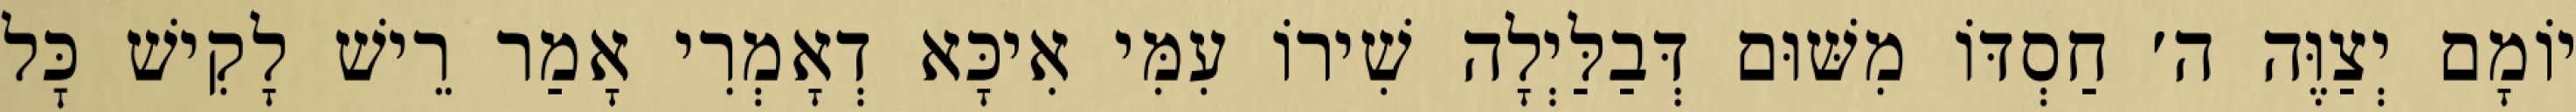
יוֹמָם יְצַוֶּה ה׳ חַסְדּוֹ מִשּׁוּם דְּבַלַּיְלָה שִׁירוֹ עִמִּי אִיכָּא דְאָמְרִי אָמַר רֵישׁ לָקִישׁ כׇּל